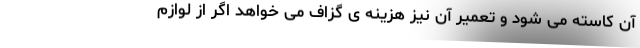
آن کاسته می شود و تعمیر آن نیز هزینه ی گزاف می خواهد اگر از لوازم